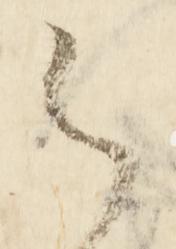
候